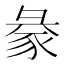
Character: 𧱈